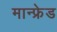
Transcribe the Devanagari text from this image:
मान्फ्रेड